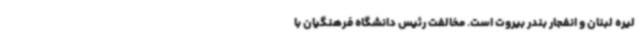
لیره لبنان و انفجار بندر بیروت است. مخالفت رئیس دانشگاه فرهنگیان با